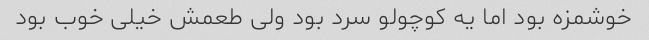
خوشمزه بود اما یه کوچولو سرد بود ولی طعمش خیلی خوب بود